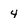
Character: 4